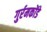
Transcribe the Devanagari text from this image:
गुर्रमकोंडे